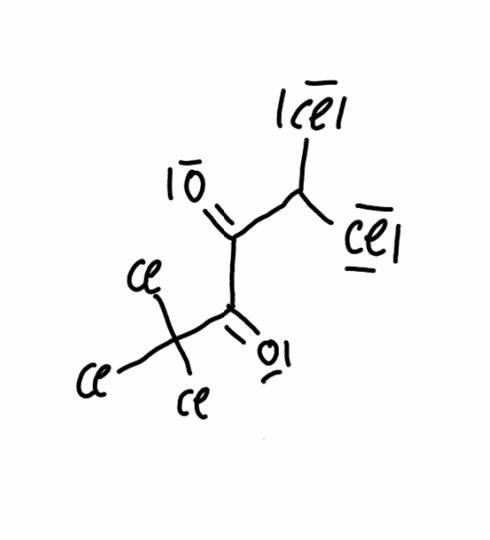
Simplified molecular-input line-entry system (SMILES) notation of the given molecule:
C(C(=O)C(=O)C(Cl)(Cl)Cl)(Cl)Cl